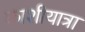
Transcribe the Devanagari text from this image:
काशीयात्रा